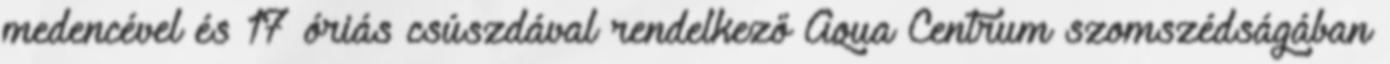
medencével és 17 óriás csúszdával rendelkező Aqua Centrum szomszédságában